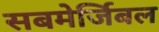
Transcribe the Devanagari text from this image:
सबमेर्जिबल